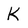
Character: K